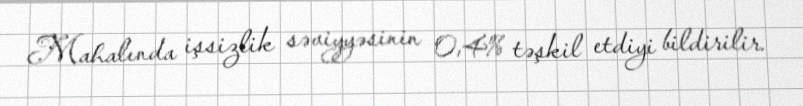
Mahalında işsizlik səviyyəsinin 0,4% təşkil etdiyi bildirilir.